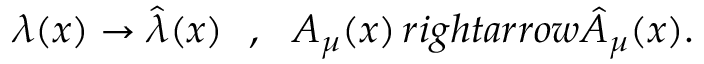
\lambda ( x ) \rightarrow \hat { \lambda } ( x ) ~ ~ , ~ ~ A _ { \mu } ( x ) \, r i g h t a r r o w \hat { A } _ { \mu } ( x ) .